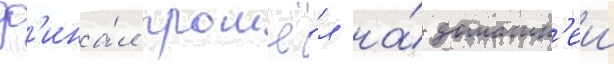
Ф'ина́л прошё́л на́ домашн'еи